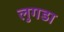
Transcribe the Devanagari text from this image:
लुगडा